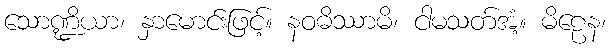
သောဏ္ဍိယာ၊ နှာမောင်းဖြင့်။ နဝဓိဿာမိ၊ ငါမသတ်အံ့။ မိဠေန၊